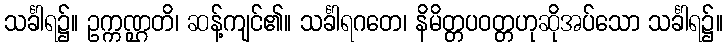
သင်္ခါရ၌။ ဥက္ကဏ္ဌတိ၊ ဆန့်ကျင်၏။ သင်္ခါရဂတေ၊ နိမိတ္တပဝတ္တဟုဆိုအပ်သော သင်္ခါရ၌။